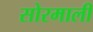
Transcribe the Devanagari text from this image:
सोरमाली